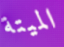
الميتة